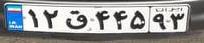
۱۲ق۴۴۵۹۳